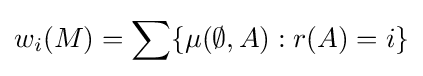
w_{i}(M)=\sum \{\mu (\emptyset ,A):r(A)=i\}